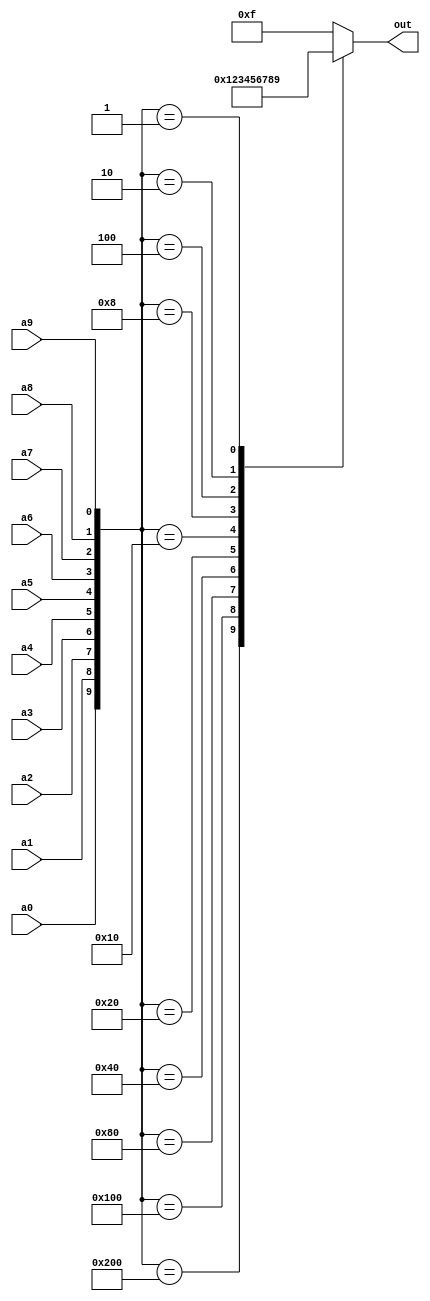
`timescale 1ns / 1ps
//////////////////////////////////////////////////////////////////////////////////
// Company: 
// Engineer: 
// 
// Design Name: 
// Module Name: encoder
// Project Name: 
// Target Devices: 
// Tool Versions: 
// Description: 
// 
// Dependencies: 
// 
// Revision:
// Revision 0.01 - File Created
// Additional Comments:
// 
//////////////////////////////////////////////////////////////////////////////////

module encoder(
  input a0, a1, a2, a3, a4, a5, a6, a7, a8, a9,
  output reg [3:0] out
);

  always @(*) begin
    case ({a0, a1, a2, a3, a4, a5, a6, a7, a8, a9})
      10'b1000000000: out = 4'b0000;
      10'b0100000000: out = 4'b0001;
      10'b0010000000: out = 4'b0010;
      10'b0001000000: out = 4'b0011;
      10'b0000100000: out = 4'b0100;
      10'b0000010000: out = 4'b0101;
      10'b0000001000: out = 4'b0110;
      10'b0000000100: out = 4'b0111;
      10'b0000000010: out = 4'b1000;
      10'b0000000001: out = 4'b1001;
      default: out = 4'b1111;
    endcase
  end

endmodule